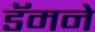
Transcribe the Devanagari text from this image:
डॅमने